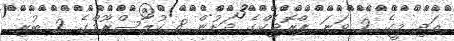
އަދި މީގެ 2 ވަނަ ޕްރޮޖެކްގެ ދަށުން 8 ކުލާސްރޫމްގެ 2 ބުރި